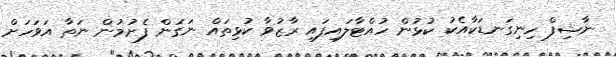
ނާޝިފް ހިނިގަނޑަކާއެކު ކުޅުން ހުއްޓާލައިފައި ރާޒުވާ ކުޅިތައް ނަގަން ފެށުމުން ނަތާ އަވަހަށް